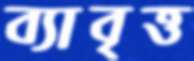
ব্যাবৃত্ত